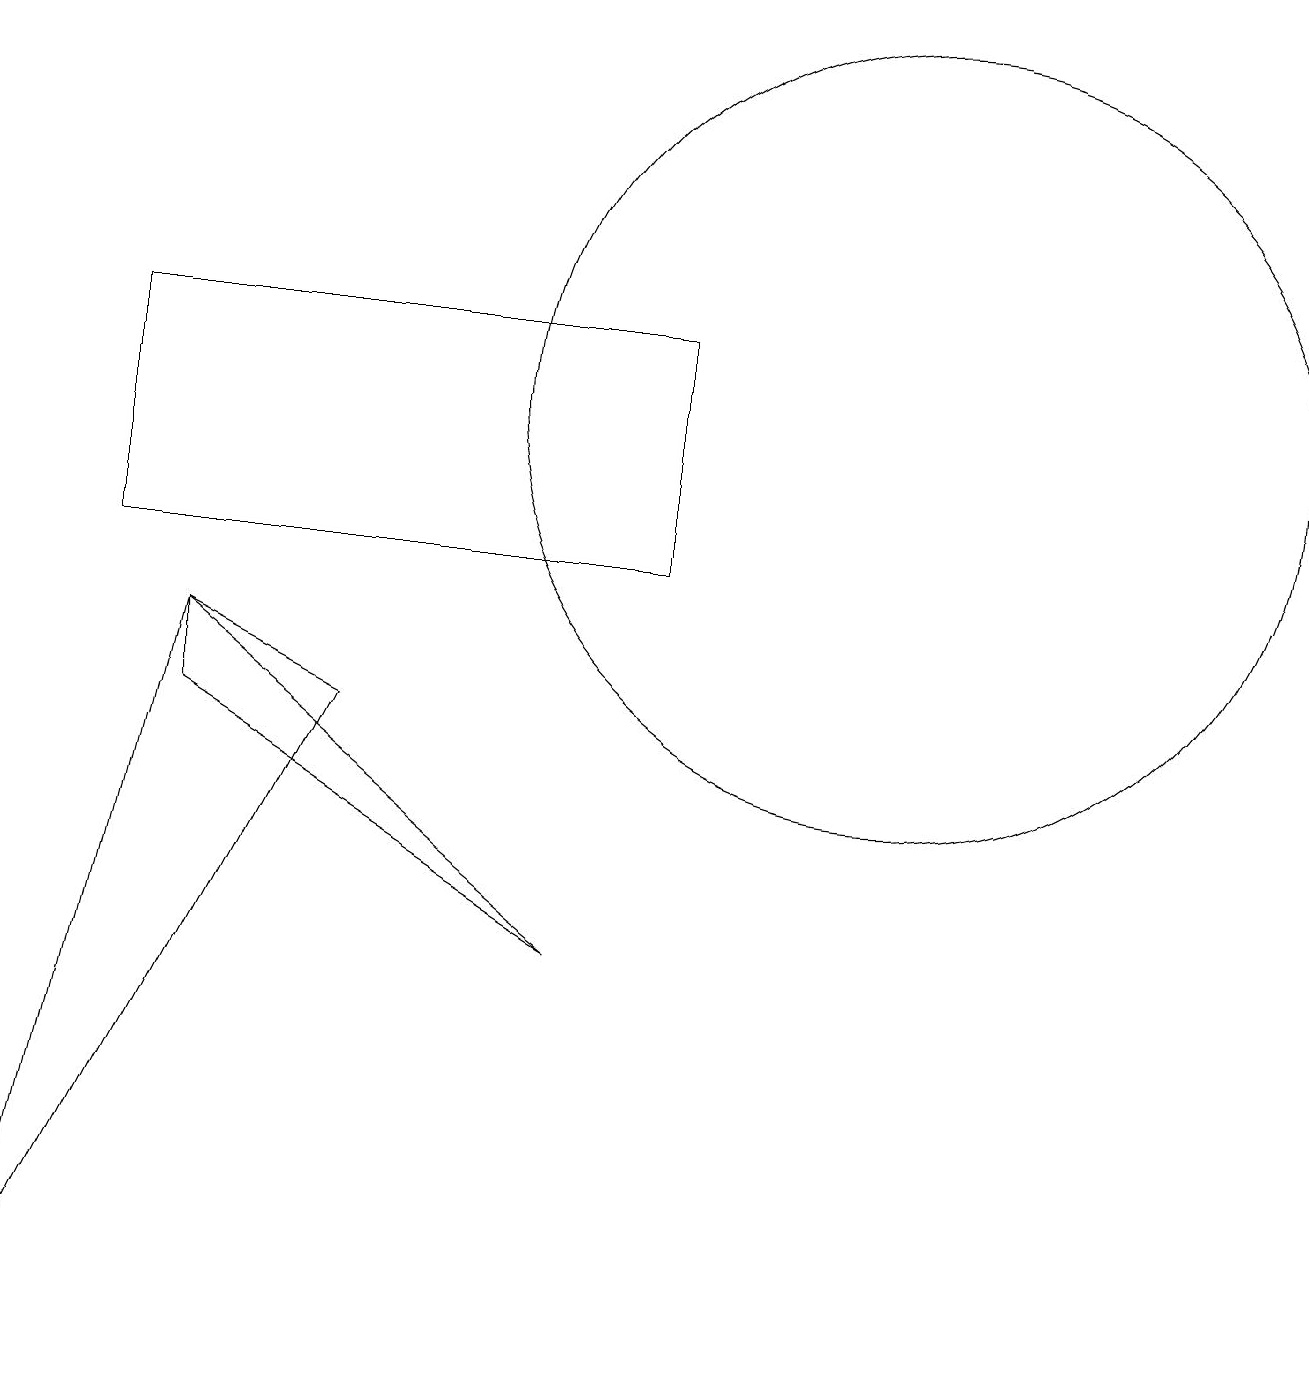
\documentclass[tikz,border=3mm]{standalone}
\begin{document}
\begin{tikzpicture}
\draw (12,12) circle (5);
\draw (3,8) -- (8,5) -- (3,9) -- cycle;
\draw (2,10) rectangle (9,13);
\draw (3,9) -- (1,0) -- (5,8) -- cycle;
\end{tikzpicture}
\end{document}